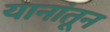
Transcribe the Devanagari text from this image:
यानांतून